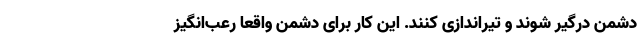
دشمن درگیر شوند و تیراندازی کنند. این کار برای دشمن واقعاً رعب‌انگیز